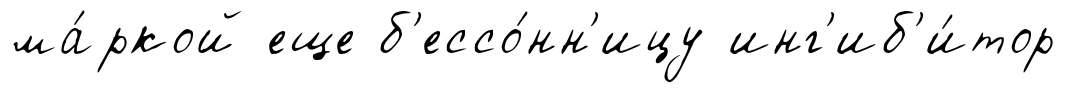
ма́ркой еще б'ессо́нн'ицу инг'иб'и́тор